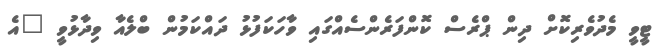
ޓީވީ މެދުވެރިކޮށް ދިން ޕްރެސް ކޮންފަރެންސެއްގައި ވާހަކަފުޅު ދައްކަމުން ބްލެއާ ވިދާޅުވީ "އެ